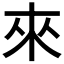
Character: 來